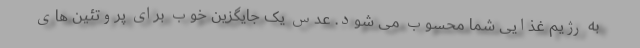
به رژیم غذایی شما محسوب می شود. عدس یک جایگزین خوب برای پروتئین های